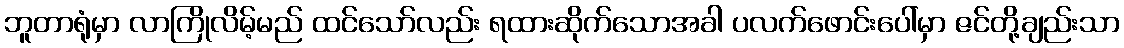
ဘူတာရုံမှာ လာကြိုလိမ့်မည် ထင်သော်လည်း ရထားဆိုက်သောအခါ ပလက်ဖောင်းပေါ်မှာ ဇင်တို့ချည်းသာ